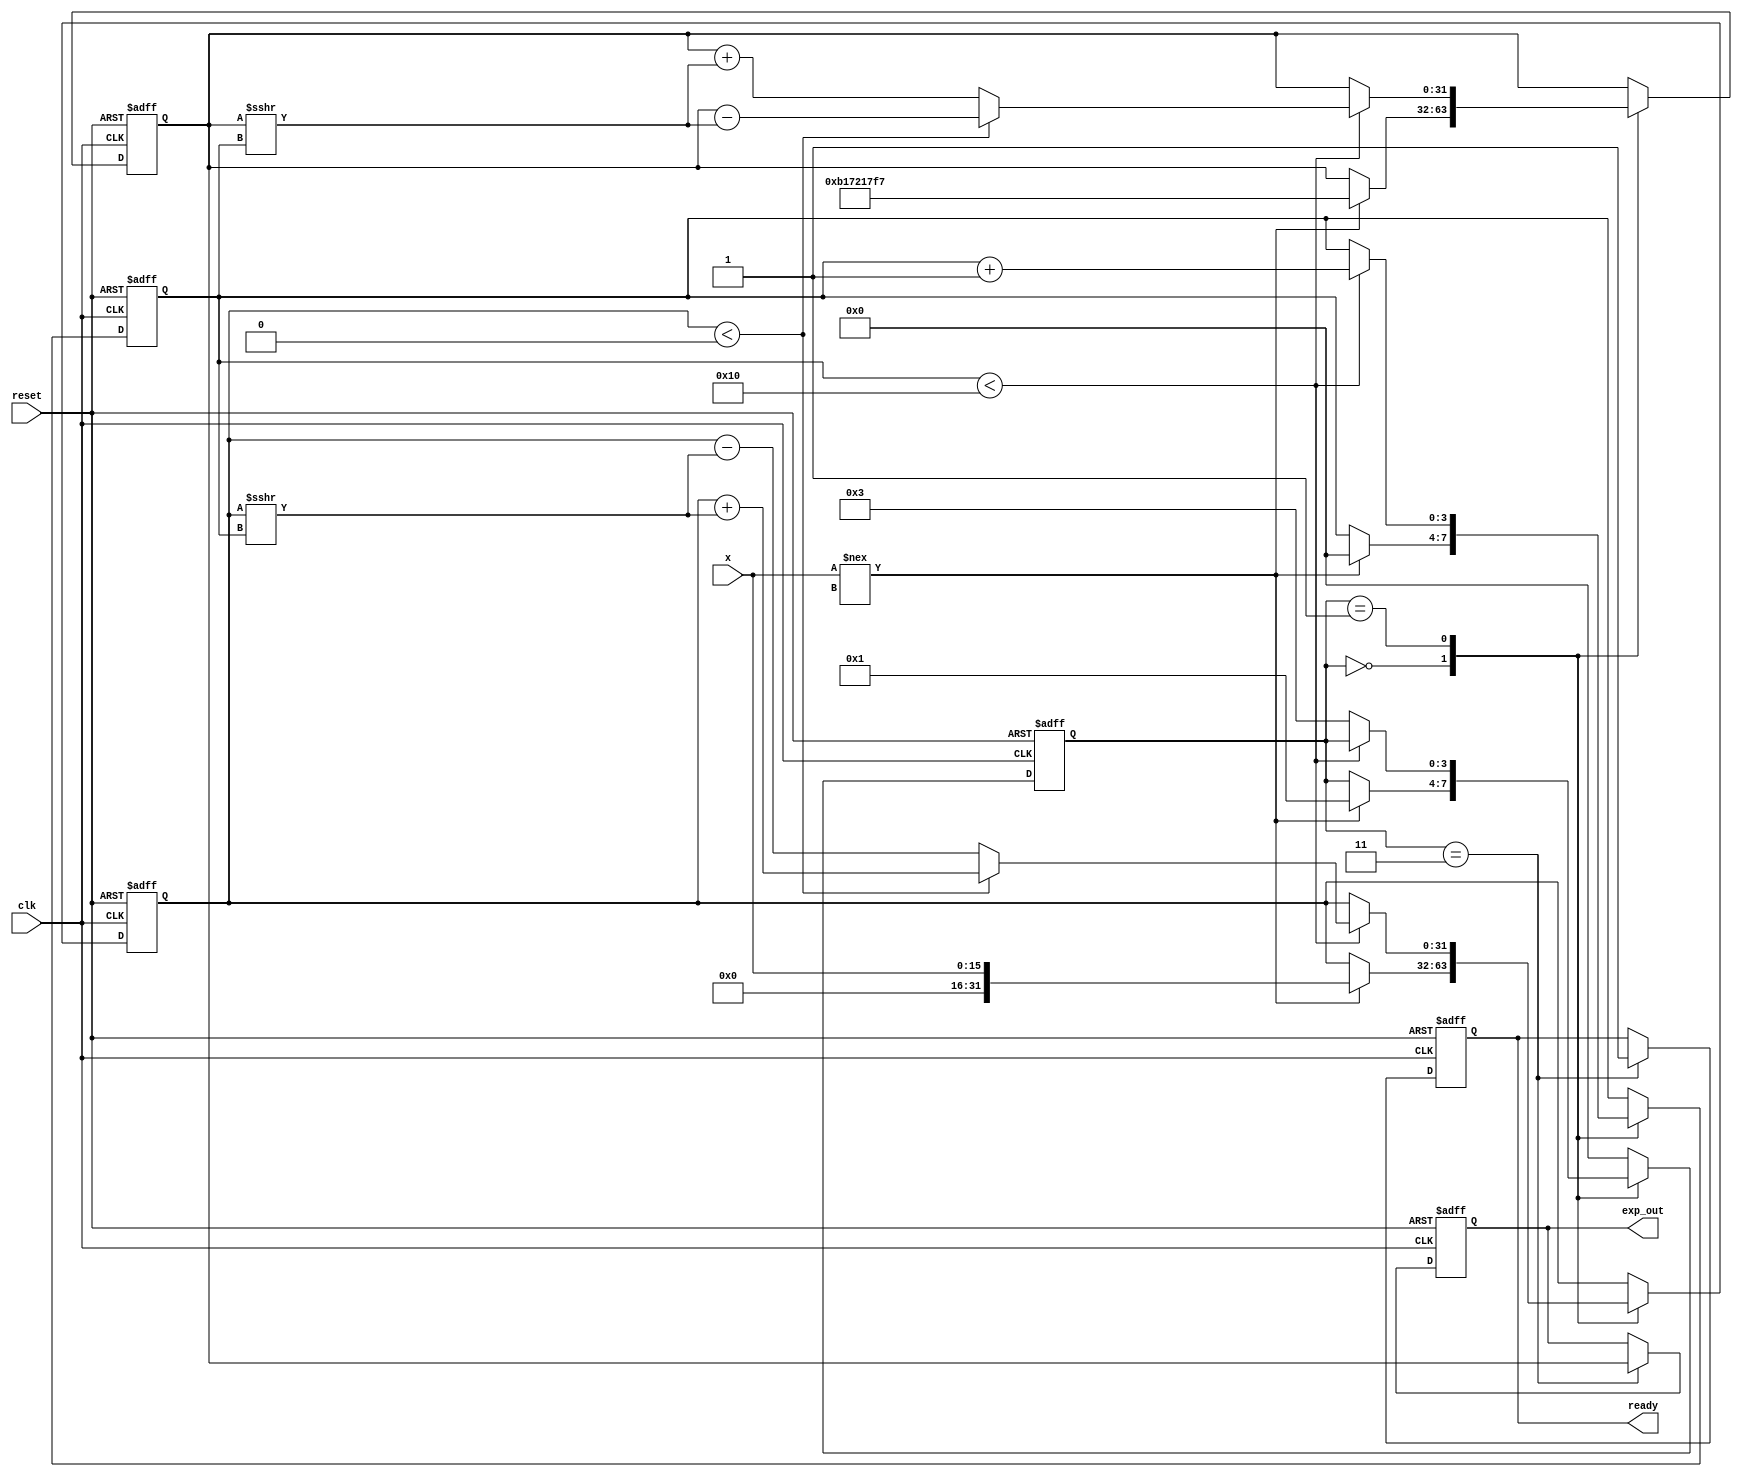
module cordic_exponential (
    input wire [15:0] x,         // Input value (fixed-point format)
    input wire clk,              // Clock signal
    input wire reset,            // Asynchronous reset
    output reg [31:0] exp_out,   // Output value for e^x
    output reg ready             // Signal indicating output is ready
);

    // Parameters
    parameter N = 16;            // Number of iterations
    parameter FIXED_POINT = 16;  // Fixed point representation
    parameter SCALE_FACTOR = 32'hB17217F7; // Scaling factor (approx. 1.64676)

    // Internal signals
    reg [15:0] angle [0:N-1];    // Lookup table for arctangent values
    reg [31:0] z;                 // Current value of x
    reg [31:0] y;                 // Current value of e^x
    reg [31:0] x_temp;            // Temporary variable for calculations
    reg [3:0] state;              // State variable
    reg [3:0] iteration;          // Iteration counter

    // State encoding
    localparam IDLE = 4'b0000,
               INIT = 4'b0001,
               PROCESS = 4'b0010,
               DONE = 4'b0011;

    // Initialize arctangent values for CORDIC
    initial begin
        angle[0] = 16'h0000; // atan(2^0)
        angle[1] = 16'h0001; // atan(2^-1)
        angle[2] = 16'h0002; // atan(2^-2)
        angle[3] = 16'h0004; // atan(2^-3)
        angle[4] = 16'h0008; // atan(2^-4)
        angle[5] = 16'h0010; // atan(2^-5)
        angle[6] = 16'h0020; // atan(2^-6)
        angle[7] = 16'h0040; // atan(2^-7)
        angle[8] = 16'h0080; // atan(2^-8)
        angle[9] = 16'h0100; // atan(2^-9)
        angle[10] = 16'h0200; // atan(2^-10)
        angle[11] = 16'h0400; // atan(2^-11)
        angle[12] = 16'h0800; // atan(2^-12)
        angle[13] = 16'h1000; // atan(2^-13)
        angle[14] = 16'h2000; // atan(2^-14)
        angle[15] = 16'h4000; // atan(2^-15)
    end

    // State machine for control logic
    always @(posedge clk or posedge reset) begin
        if (reset) begin
            state <= IDLE;
            exp_out <= 32'b0;
            ready <= 1'b0;
            iteration <= 4'b0;
            z <= 32'b0;
            y <= SCALE_FACTOR; // Initial value for e^0
        end else begin
            case (state)
                IDLE: begin
                    if (x !== 16'bx) begin // Check if input is valid
                        z <= {16'b0, x}; // Extend x to 32 bits
                        y <= SCALE_FACTOR; // Reset y to scaling factor
                        iteration <= 4'b0; // Reset iteration counter
                        state <= INIT; // Move to initialization
                    end
                end

                INIT: begin
                    if (iteration < N) begin
                        // CORDIC iteration logic
                        if (z < 32'b0) begin
                            y <= y - (y >>> iteration); // Subtract
                            z <= z + (z >>> iteration); // Add
                        end else begin
                            y <= y + (y >>> iteration); // Add
                            z <= z - (z >>> iteration); // Subtract
                        end
                        iteration <= iteration + 1; // Increment iteration
                    end else begin
                        state <= DONE; // Move to done state
                    end
                end

                DONE: begin
                    exp_out <= y; // Output the result
                    ready <= 1'b1; // Indicate output is ready
                    state <= IDLE; // Go back to idle state
                end

                default: state <= IDLE; // Default case
            endcase
        end
    end

endmodule